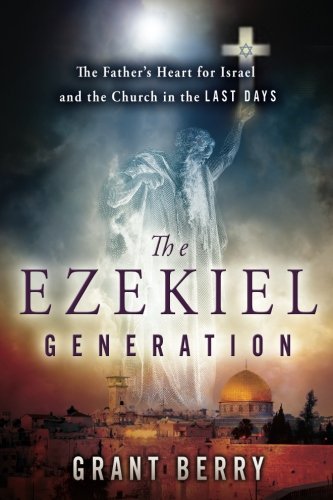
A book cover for The Ezekiel Generation: The Father's Heart for Israel and the Church in the Last Days; Grant Berry; Christian Books & Bibles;